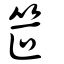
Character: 笸